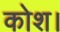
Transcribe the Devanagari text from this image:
कोश।